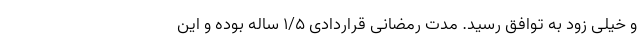
و خیلی زود به توافق رسید. مدت رمضانی قراردادی ۱/۵ ساله بوده و این